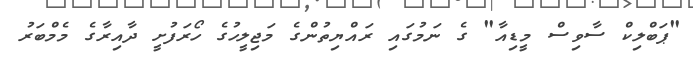
"ޕަބްލިކް ސާވިސް މީޑިއާ" ގެ ނަމުގައި ރައްޔިތުންގެ މަޖިލީހުގެ ހޯރަފުށީ ދާއިރާގެ މެމްބަރު